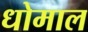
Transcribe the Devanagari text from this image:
धोमाल